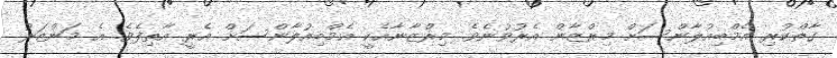
ގާތްކުރި އެމްބިއުލާންސަށް މިރްޒާން އެރުވުނެވެ. މިރްޒާނާއެކީ އެމްބިއުލާންސަށް އެރީ އާތިފެވެ. އެ މަންޒަރު